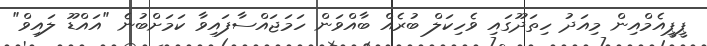
ޕީޕީއެމްއިން މިއަދު ހިތަދޫގައި ވެހިކަލް ބުރެއް ބާއްވަން ހަމަޖައްސާފައިވާ ކަމަށްބުނެ "އައްޑޫ ލައިވް"